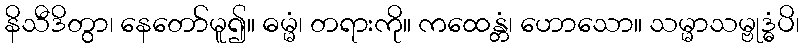
နိသီဒိတွာ၊ နေတော်မူ၍။ ဓမ္မံ၊ တရားကို။ ကထေန္တံ၊ ဟောသော။ သမ္မာသမ္ဗုဒ္ဓံပိ၊